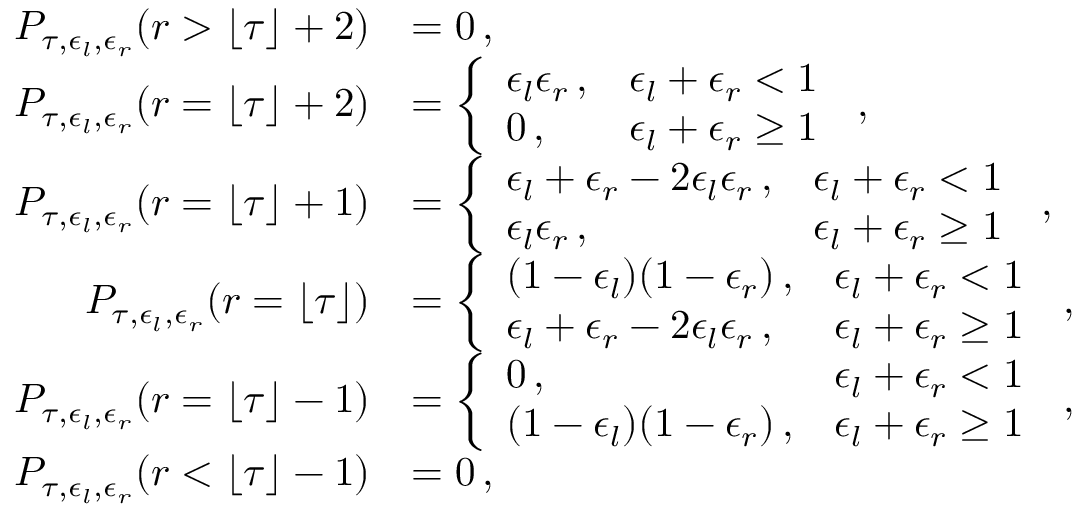
\begin{array} { r l } { P _ { \tau , \epsilon _ { l } , \epsilon _ { r } } ( r > \lfloor \tau \rfloor + 2 ) } & { = 0 \, , } \\ { P _ { \tau , \epsilon _ { l } , \epsilon _ { r } } ( r = \lfloor \tau \rfloor + 2 ) } & { = \left\{ \begin{array} { l l } { \epsilon _ { l } \epsilon _ { r } \, , } & { \epsilon _ { l } + \epsilon _ { r } < 1 } \\ { 0 \, , } & { \epsilon _ { l } + \epsilon _ { r } \geq 1 } \end{array} \right. \, , } \\ { P _ { \tau , \epsilon _ { l } , \epsilon _ { r } } ( r = \lfloor \tau \rfloor + 1 ) } & { = \left\{ \begin{array} { l l } { \epsilon _ { l } + \epsilon _ { r } - 2 \epsilon _ { l } \epsilon _ { r } \, , } & { \epsilon _ { l } + \epsilon _ { r } < 1 } \\ { \epsilon _ { l } \epsilon _ { r } \, , } & { \epsilon _ { l } + \epsilon _ { r } \geq 1 } \end{array} \right. \, , } \\ { P _ { \tau , \epsilon _ { l } , \epsilon _ { r } } ( r = \lfloor \tau \rfloor ) } & { = \left\{ \begin{array} { l l } { ( 1 - \epsilon _ { l } ) ( 1 - \epsilon _ { r } ) \, , } & { \epsilon _ { l } + \epsilon _ { r } < 1 } \\ { \epsilon _ { l } + \epsilon _ { r } - 2 \epsilon _ { l } \epsilon _ { r } \, , } & { \epsilon _ { l } + \epsilon _ { r } \geq 1 } \end{array} \right. \, , } \\ { P _ { \tau , \epsilon _ { l } , \epsilon _ { r } } ( r = \lfloor \tau \rfloor - 1 ) } & { = \left\{ \begin{array} { l l } { 0 \, , } & { \epsilon _ { l } + \epsilon _ { r } < 1 } \\ { ( 1 - \epsilon _ { l } ) ( 1 - \epsilon _ { r } ) \, , } & { \epsilon _ { l } + \epsilon _ { r } \geq 1 } \end{array} \right. \, , } \\ { P _ { \tau , \epsilon _ { l } , \epsilon _ { r } } ( r < \lfloor \tau \rfloor - 1 ) } & { = 0 \, , } \end{array}